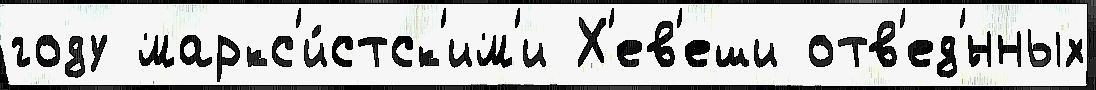
году маркс'и́стск'им'и Х'ев'еши отв'ед'́нных